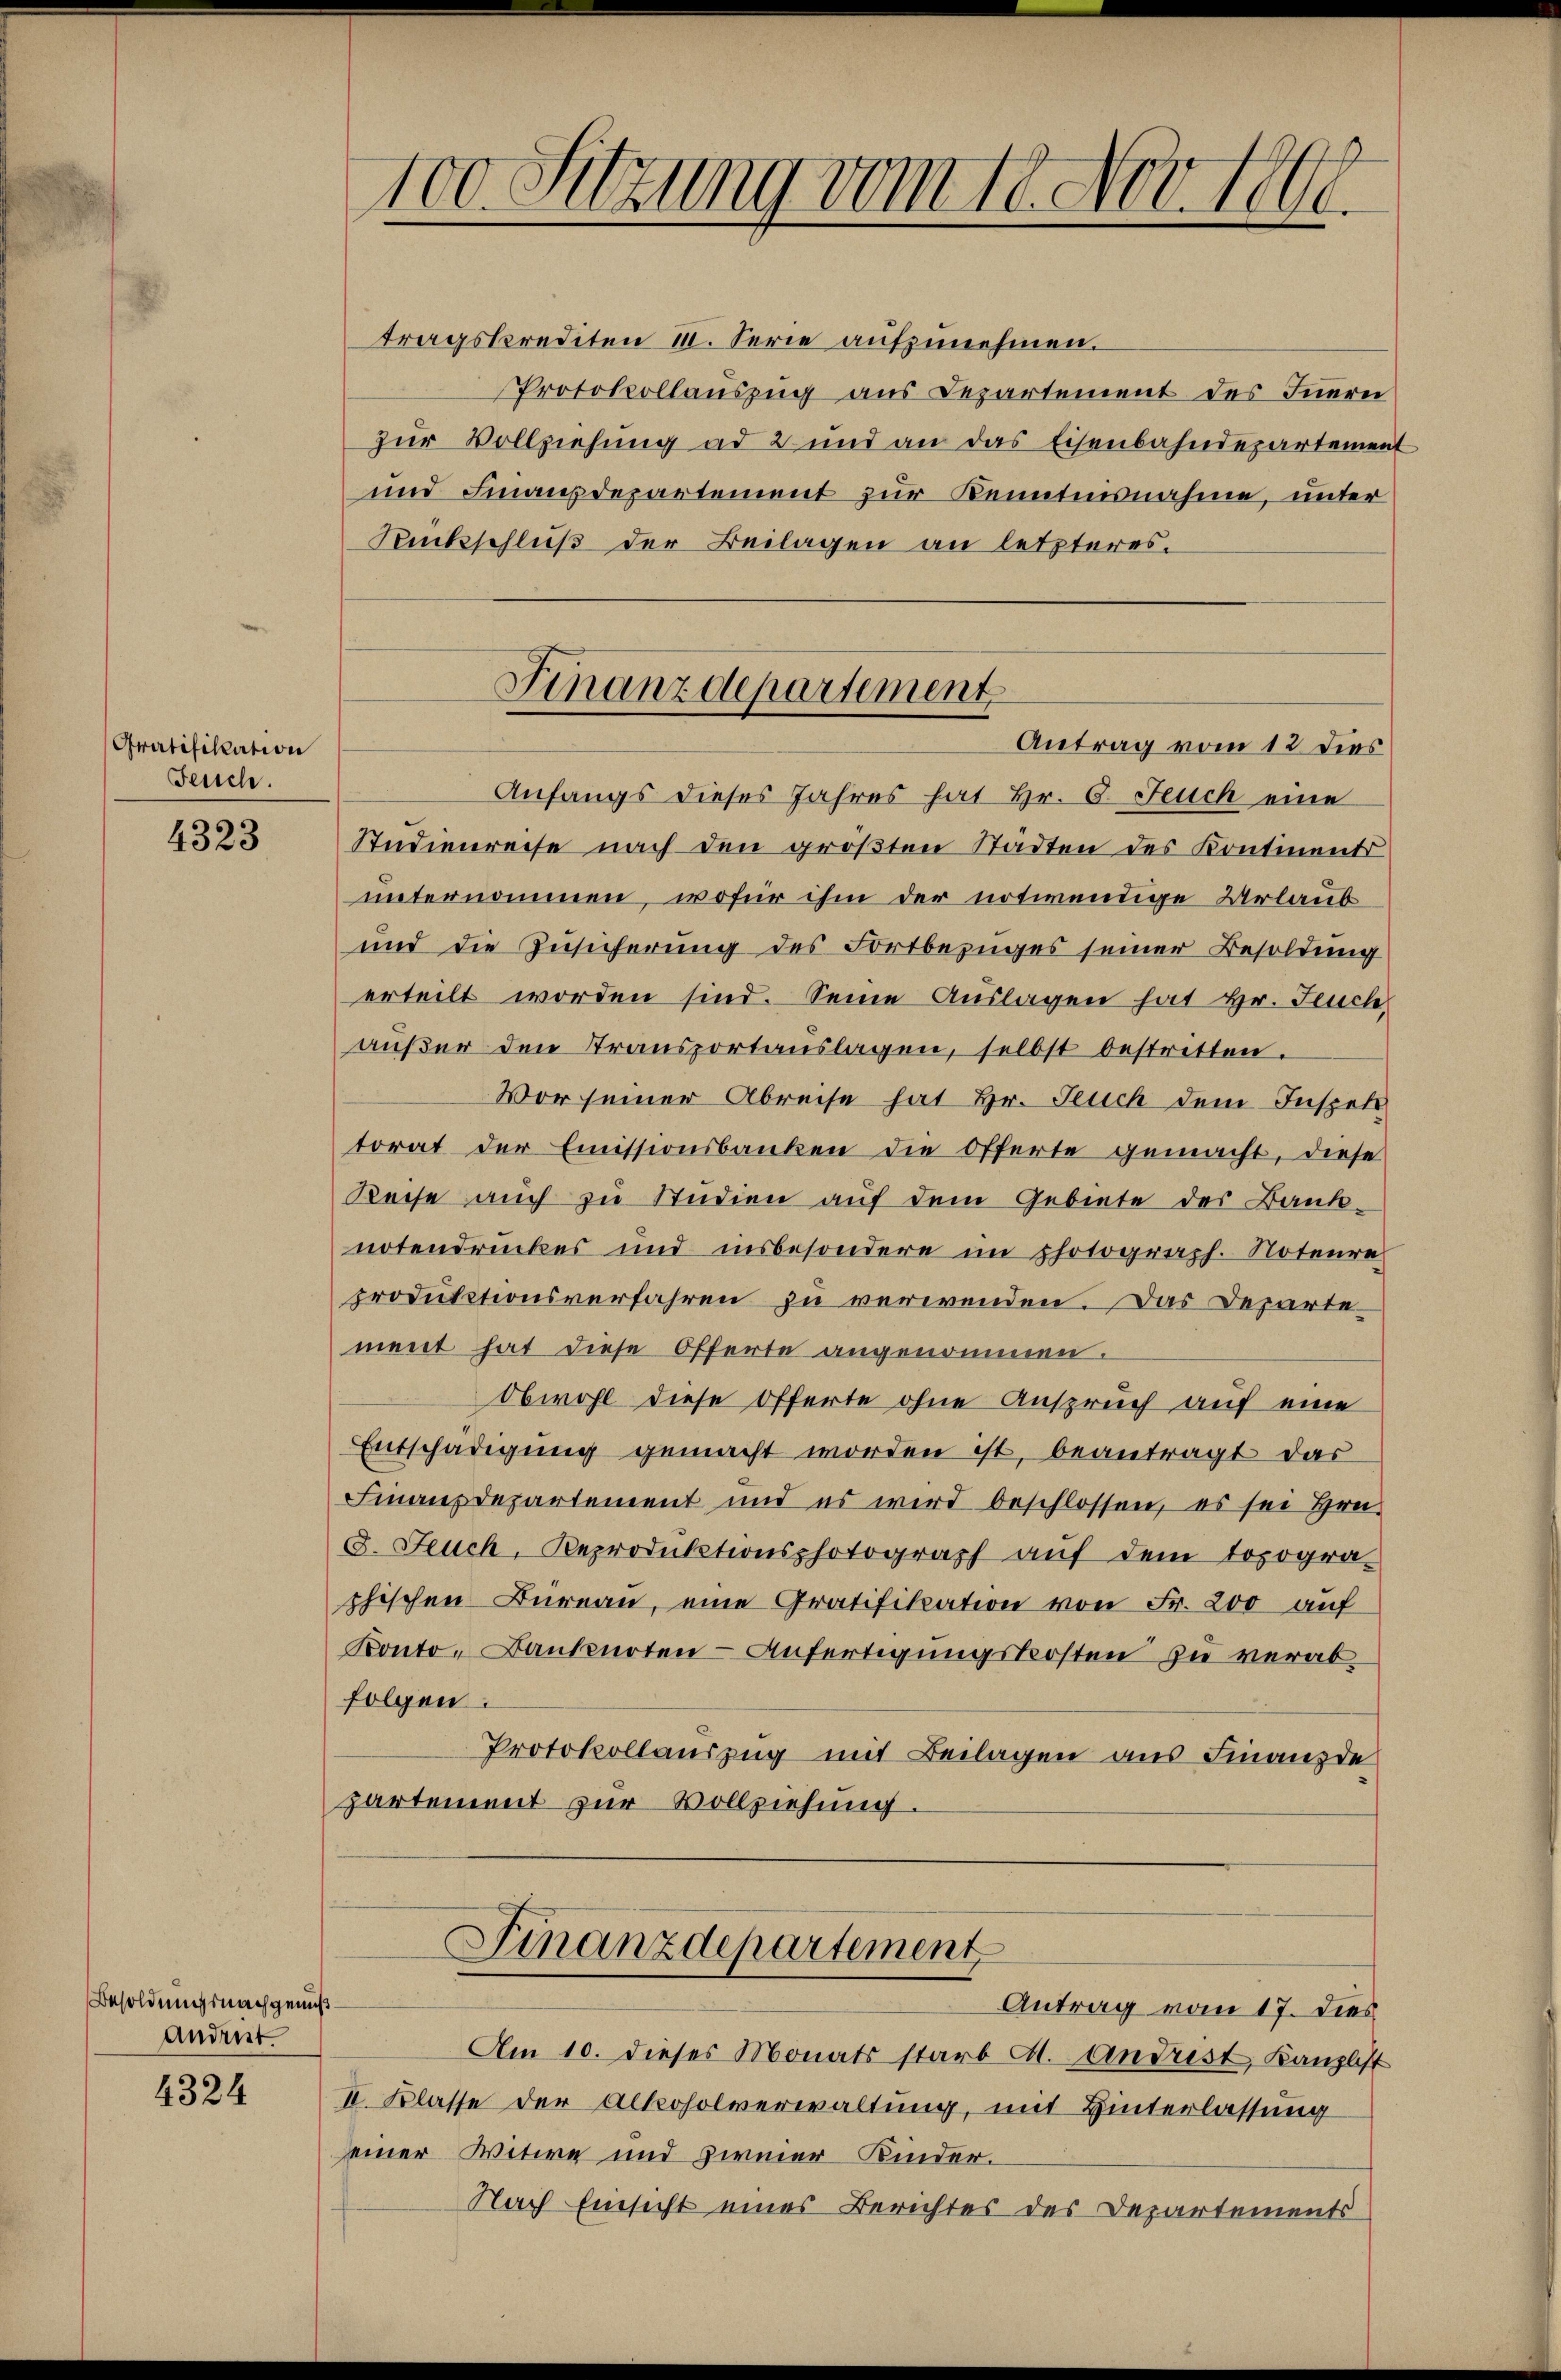
Gratifikation
Feusch.

4323

Besoldungsnachgemut
Andeut

4324

tragskrediten III. Serie aufzunehmen.
Protokollauszug aus Lezartement des Innerei
zur Vollziehung ad 2 und an das Eisenbahndepartement
und Finanzdepartement zur Kenntnisnahme, unter
Rkschluß der Beilagen an letzteres.
Anfangs dieses Jahres hat Hr. 6. Feuch eine
Studienreise nach den größten Stadten des Kontinents
unternommen, wofür ihm der notwendige Urlaub
und die Zusicherung des Fortbezuges seiner Besoldung
erteilt worden sind. Seine Auslagen hat Hr. Feuch
aŭβer den Stransportaŭslagen, selbst bestritten.
Vor seiner Abreise hat Hr. Feuch dem Inspek
torat der Emissionsbanken die Offerte gemacht, diese
Reise auch zu Studien auf dem Gebiete des Bank-
notendruckes und insbesondere im photograph. Noteure
produktionsverfahren zu verwenden. Das Departement hat diese Offerte angenommen.
Obwohl diese Offerte ohne Anspruch auf eine
Entschädigung gemacht worden ist, beantragt das
Finanzdepartement und es wird beschlossen, es sei Hrn.
8. Feuch, Reproduktionsphotograph auf dem topogra-
phischen Büreau, eine Gratifikation von Fr. 200 auf
Konto- Banknoten - Anfertigungskosten zu verabfolgen.
Protokollauszug mit Beilagen aus Finanzde
partement zur Vollziehung.
Finanzdepartement
s
Antrag vom 17. dies
Am 10. dieses Monats starb A. Andrist, Kanzlist
II. Klasse der Alkoholverwaltung, mit Hinterlassung
einer Witwe und zweier Kinder¬
Nach Einsicht eines Berichtes des Departements

100 Sitzung vom 17. Nov. 1898.

Finanzdepartement,
Antrag vom 12 dies